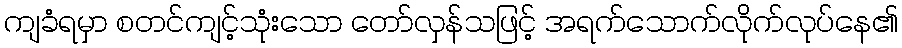
ကျခံရမှာ စတင်ကျင့်သုံးသော တော်လှန်သဖြင့် အရက်သောက်လိုက်လုပ်နေ၏